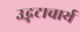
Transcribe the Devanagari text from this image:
उद्भटाचार्य